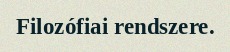
Filozófiai rendszere.